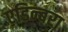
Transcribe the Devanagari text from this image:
एडिन्बरा